Annual report of the Imperial Bacteriologist
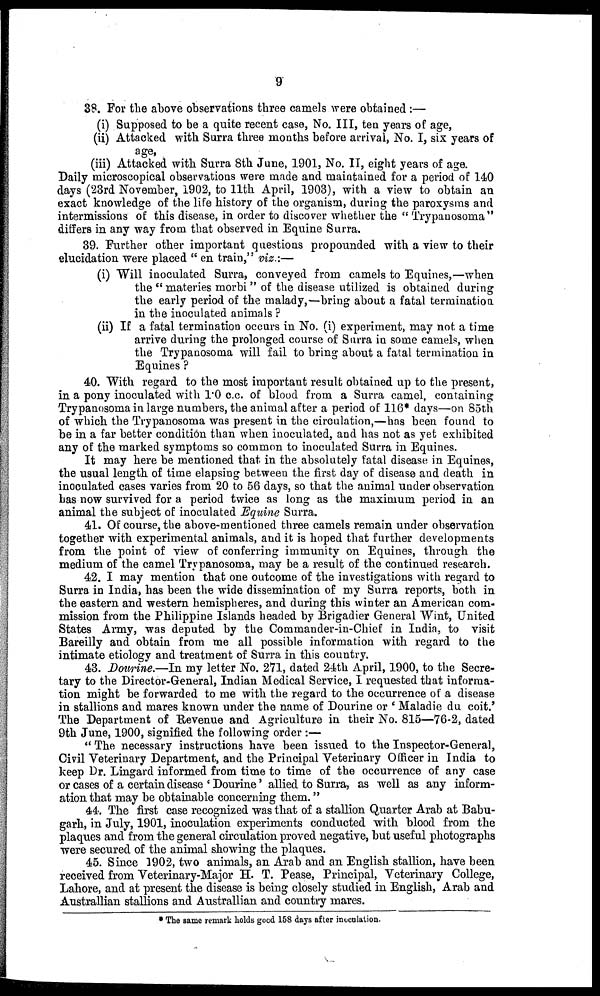
9
38. For the above observations three camels were obtained :—
(i) Supposed to be a quite recent case, No. III, ten years of age,
(ii) Attacked with Surra three months before arrival, No. I, six years of
age,
(iii) Attacked with Surra 8th June, 1901, No. II, eight years of age.
Daily microscopical observations were made and maintained for a period of 140
days (23rd November, 1902, to 11th April, 1903), with a view to obtain an
exact knowledge of the life history of the organism, during the paroxysms and
intermissions of this disease, in order to discover whether the " Trypanosoma"
differs in any way from that observed in Equine Surra.
39. Further other important questions propounded with a view to their
elucidation were placed "en train," viz.:—
(i) Will inoculated Surra, conveyed from camels to Equines,—when
the "materies morbi" of the disease utilized is obtained during
the early period of the malady,—bring about a fatal termination
in the inoculated animals ?
(ii) If a fatal termination occurs in No. (i) experiment, may not a time
arrive during the prolonged course of Surra in some camels, when
the Trypanosoma will fail to bring about a fatal termination in
Equines ?
40. With regard to the most important result obtained up to the present,
in a pony inoculated with 1.0 c.c. of blood from a Surra camel, containing
Trypanosoma in large numbers, the animal after a period of 116* days—on 85th
of which the Trypanosoma was present in the circulation,—has been found to
be in a far better condition than when inoculated, and has not as yet exhibited
any of the marked symptoms so common to inoculated Surra in Equines.
It may here be mentioned that in the absolutely fatal disease in Equines,
the usual length of time elapsing between the first day of disease and death in
inoculated cases varies from 20 to 56 days, so that the animal under observation
has now survived for a period twice as long as the maximum period in an
animal the subject of inoculated Equine Surra.
41. Of course, the above-mentioned three camels remain under observation
together with experimental animals, and it is hoped that further developments
from the point of view of conferring immunity on Equines, through the
medium of the camel Trypanosoma, may be a result of the continued research.
42. I may mention that one outcome of the investigations with regard to
Surra in India, has been the wide dissemination of my Surra reports, both in
the eastern and western hemispheres, and during this winter an American com-
mission from the Philippine Islands headed by Brigadier General Wint, United
States Army, was deputed by the Commander-in-Chief in India, to visit
Bareilly and obtain from me all possible information with regard to the
intimate etiology and treatment of Surra in this country.
43. Dourine.—In my letter No. 271, dated 24th April, 1900, to the Secre-
tary to the Director-General, Indian Medical Service, I requested that informa-
tion might be forwarded to me with the regard to the occurrence of a disease
in stallions and mares known under the name of Dourine or 'Maladie du coit.'
The Department of Revenue and Agriculture in their No. 815—76-2, dated
9th June, 1900, signified the following order :—
"The necessary instructions have been issued to the Inspector-General,
Civil Veterinary Department, and the Principal Veterinary Officer in India to
keep Dr. Lingard informed from time to time of the occurrence of any case
or cases of a certain disease 'Dourine' allied to Surra, as well as any inform-
ation that may be obtainable concerning them."
44. The first case recognized was that of a stallion Quarter Arab at Babu¬
garh, in July, 1901, inoculation experiments conducted with blood from the
plaques and from the general circulation proved negative, but useful photographs
were secured of the animal showing the plaques.
45. Since 1902, two animals, an Arab and an English stallion, have been
received from Veterinary-Major H. T. Pease, Principal, Veterinary College,
Lahore, and at present the disease is being closely studied in English, Arab and
Australlian stallions and Australlian and country mares.
* The same remark holds good 158 days after inoculation.